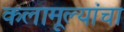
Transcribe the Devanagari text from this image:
कलामूल्यांचा